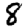
Digit: 8